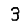
Digit: 3